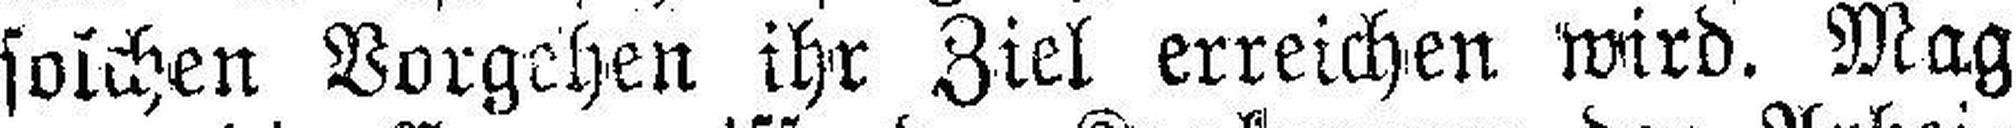
solchen Vorgehen ihr Ziel erreichen wird. Mag